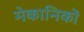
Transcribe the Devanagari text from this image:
मेकानिकों